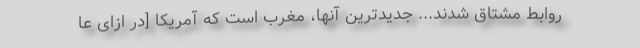
روابط مشتاق شدند... جدیدترین آنها، مغرب است که آمریکا [در ازای عا